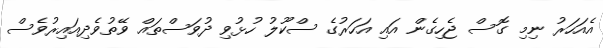
އެއަހަރު ނިމި ގޮސް ޖެހިގެން އައި އަހަރުގެ ސްކޫލު ހުޅުވި ދުވަސްތައް ވޭތުވެދިއައިރުވެސް